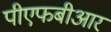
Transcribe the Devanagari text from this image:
पीएफबीआर